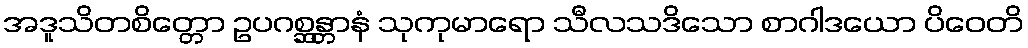
အဒူသိတစိတ္တော ဥပဂစ္ဆန္တာနံ သုကုမာရော သီလသဒိသော စာဂါဒယော ပိဝေတိ